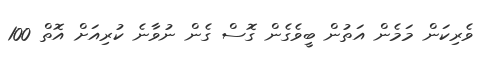
ވެރިކަން މަމެން އަތުން ބީވެގެން ގޮސް ގެން ނުވާނެ ކުރިއަށް އޮތް 100